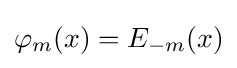
\varphi _{m}(x)=E_{-m}(x)